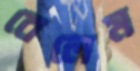
বেলেম